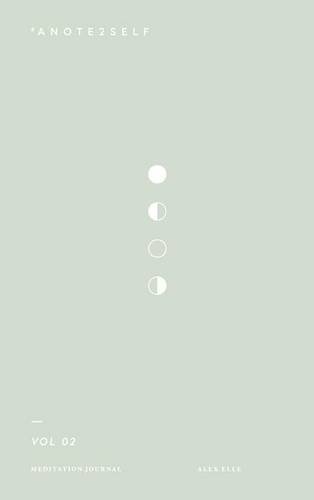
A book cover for #aNote2Self Meditation Journal Vol. 2; Alex Elle; Self-Help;